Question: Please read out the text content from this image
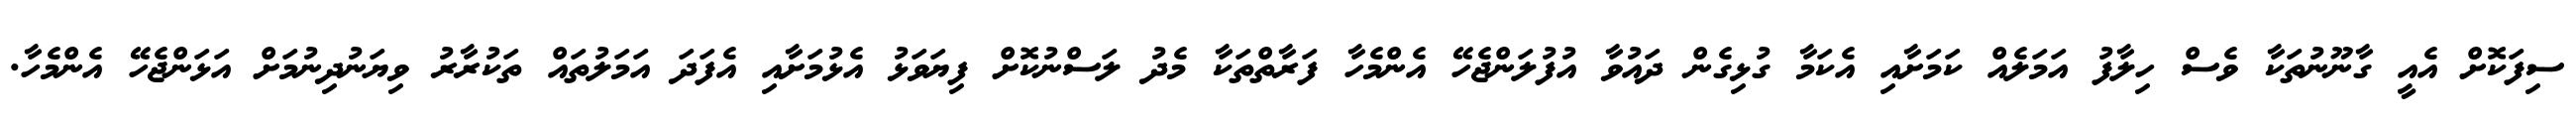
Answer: ސިފަކޮށް އެއީ ގާނޫނުތަކާ ވެސް ހިލާފު އަމަލެއް ކަމަށާއި އެކަމާ ގުޅިގެން ދައުވާ އުފުލަންޖެހޭ އެންމެހާ ފަރާތްތަކާ މެދު ލަސްނުކޮށް ފިޔަވަޅު އެޅުމަށާއި އެފަދަ އަމަލުތައް ތަކުރާރު ވިޔަނުދިނުމަށް އަޅަންޖެހޭ އެންމެހާ.